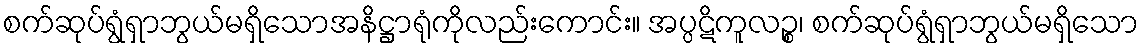
စက်ဆုပ်ရွံရှာဘွယ်မရှိသောအနိဋ္ဌာရုံကိုလည်းကောင်း။ အပ္ပဋိကူလဉ္စ၊ စက်ဆုပ်ရွံရှာဘွယ်မရှိသော